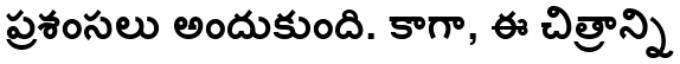
ప్రశంసలు అందుకుంది. కాగా, ఈ చిత్రాన్ని